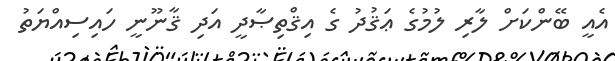
އެއީ ބޭންކަށް ލާރި ލުމުގެ ޢަޤުދު ގެ އިޤްތިޞާދީ އަދި ޤާނޫނީ ހައިސިއްޔަތު